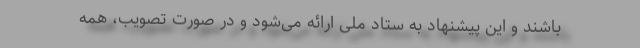
باشند و این پیشنهاد به ستاد ملی ارائه می‌شود و در صورت تصویب، همه